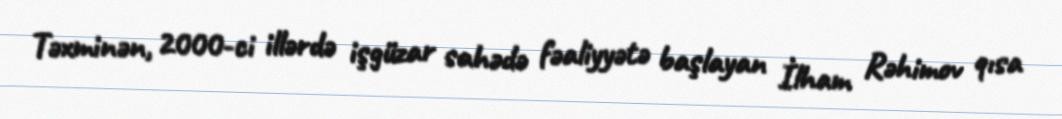
Təxminən, 2000-ci illərdə işgüzar sahədə fəaliyyətə başlayan İlham Rəhimov qısa